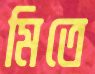
মিতে